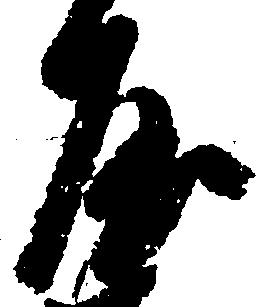
屋